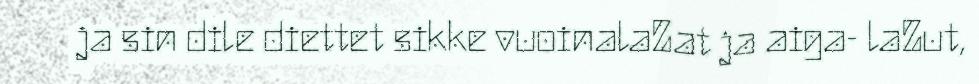
ja sin dile diettet sikke vuoinalaZat ja aiga- laZut,